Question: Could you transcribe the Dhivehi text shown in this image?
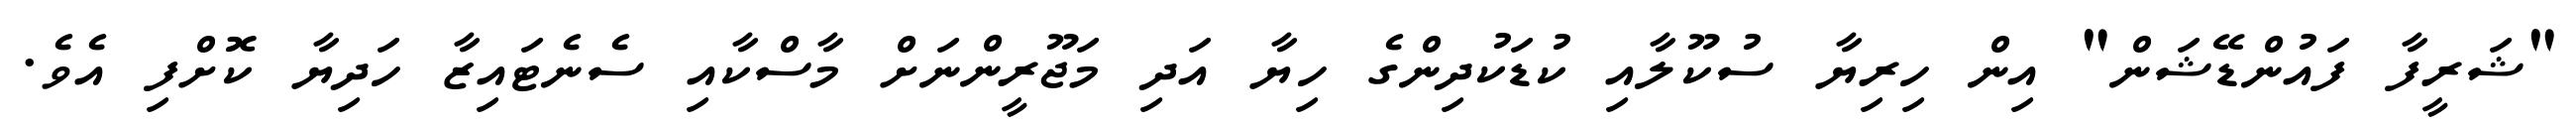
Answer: "ޝަރީފާ ފައުންޑޭޝަން" އިން ހިރިޔާ ސުކޫލާއި ކުޑަކުދިންގެ ހިޔާ އަދި މަޖޫރީންނަށް މާސްކާއި ސެނެޓައިޒާ ހަދިޔާ ކޮށްފި އެވެ.